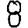
Digit: 8